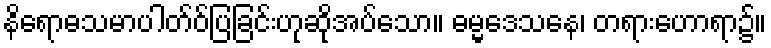
နိရောဓသမာပါတ်ဝ်ပြခြင်းဟုဆိုအပ်သော။ ဓမ္မဒေသနေ၊ တရားဟောရာ၌။